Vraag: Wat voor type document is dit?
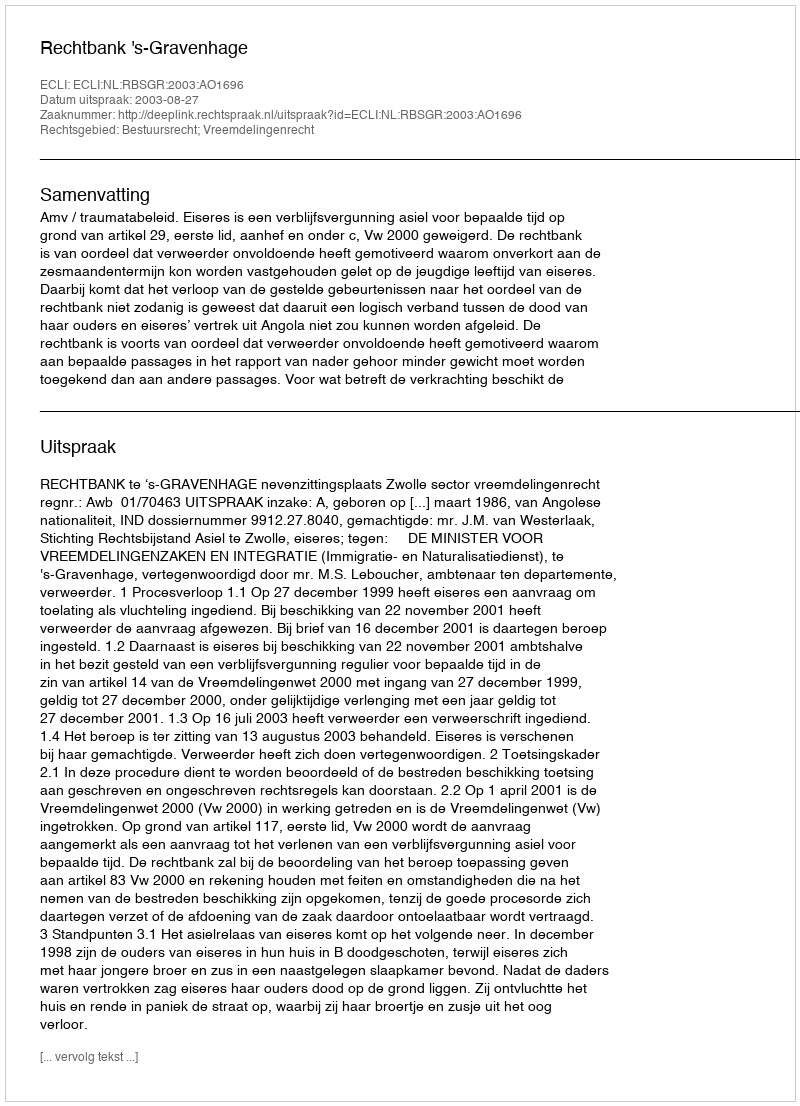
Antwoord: Uitspraak